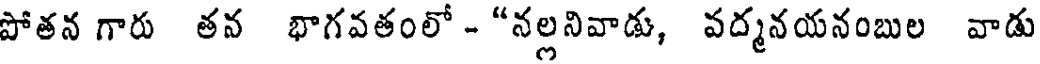
పోతన గారు తవ భాగవతంలో - "నల్లనివాడు, వద్మనయనంబుల వాడు